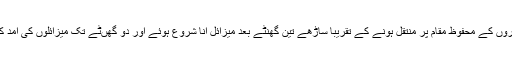
اْن کے بقول، اہلکاروں کے محفوظ مقام پر منتقل ہونے کے تقریباً ساڑھے تین گھنٹے بعد میزائل آنا شروع ہوئے اور دو گھںٹے تک میزائلوں کی آمد کا سلسلہ جاری رہا۔